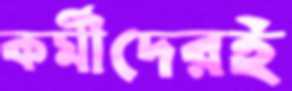
কর্মীদেরই